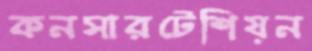
কনসারটেশিয়ন